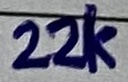
Text: 22K